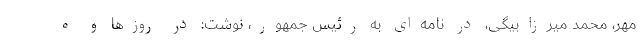
مهر، محمد میرزابیگی، در نامه‌ای به رئیس جمهور، نوشت: در روزها و ه